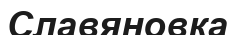
Славяновка